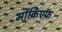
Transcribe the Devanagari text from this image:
मोंक्रिएफ़